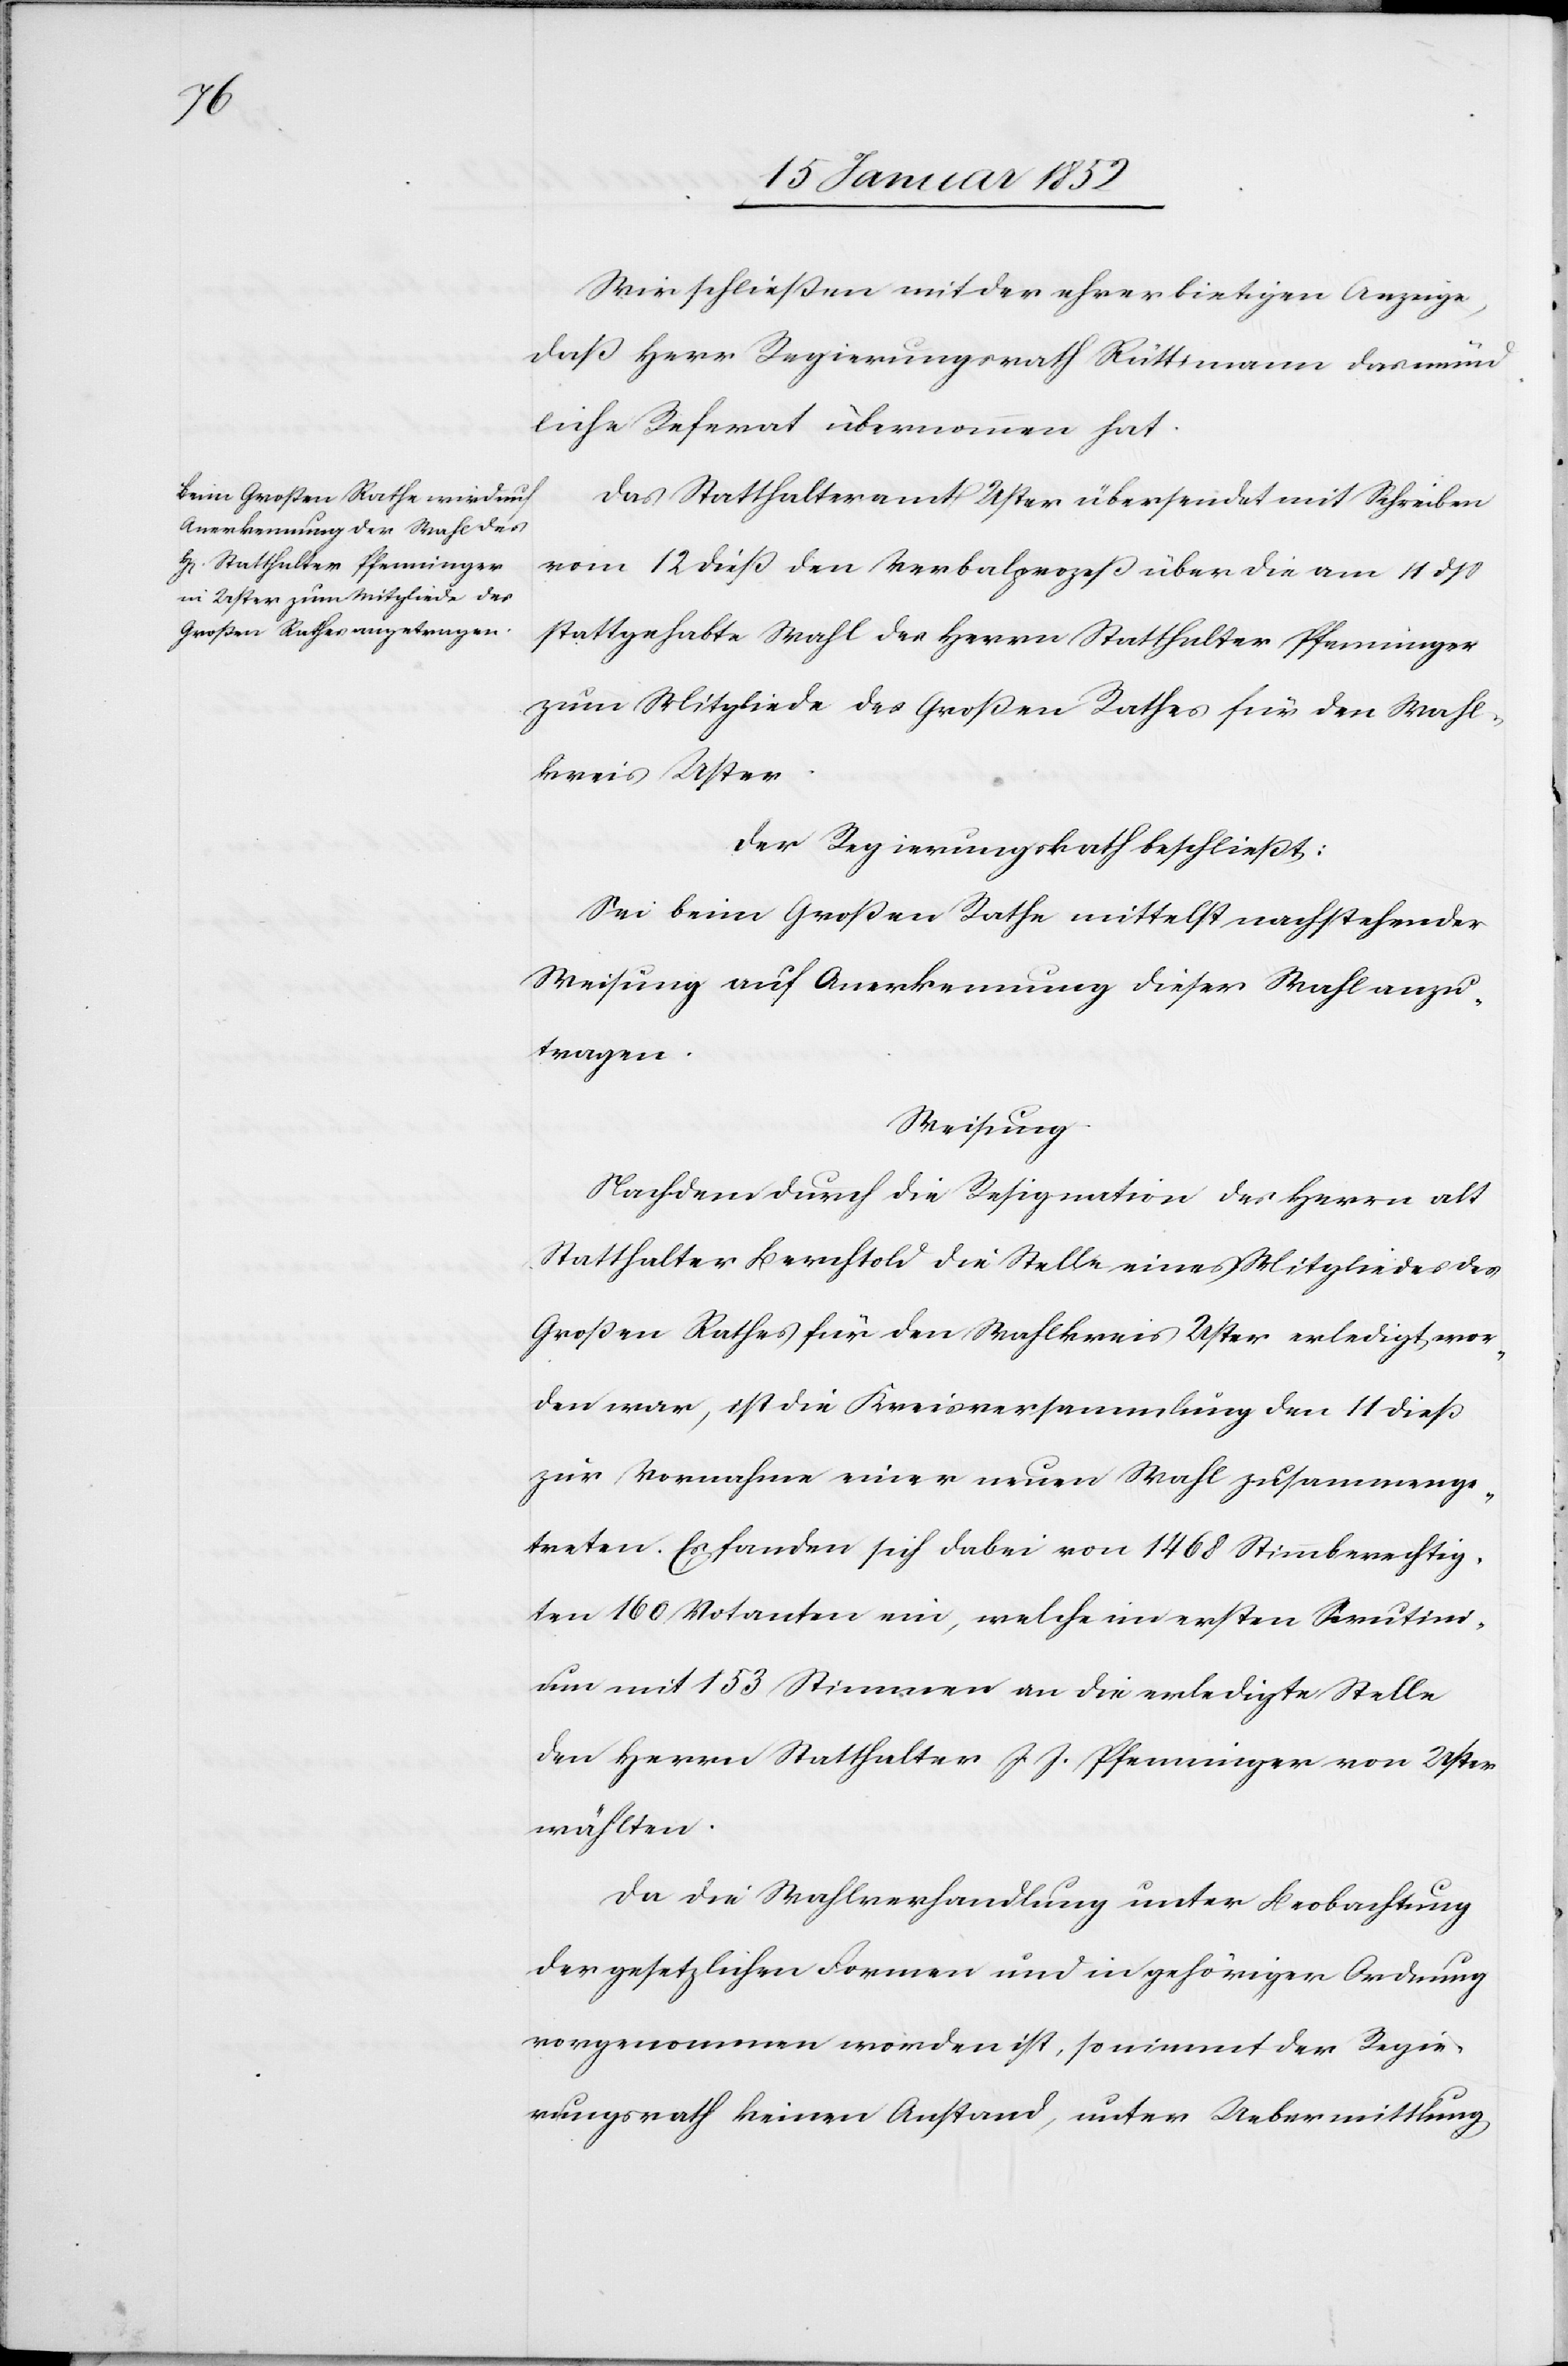
Wir schließen mit der ehrerbietigen Anzeige,
daß Herr Regierungsrath Rüttimann das münd¬
liche Referat übernommen hat.
Das Statthalteramt Uster übersendet mit Schreiben
vom 12 dieß den Verbalprozeß über die am 11 dß
stattgehabte Wahl des Herrn Statthalter Pfenninger
zum Mitgliede des Großen Rathes für den Wahl¬
kreis Uster.
Der Regierungsrath beschließt:
Sei beim Großen Rathe mittelst nachstehender
Weisung auf Anerkennung dieser Wahl anzu¬
tragen.
Weisung.
Nachdem durch die Resignation des Herrn alt
Statthalter Berchtold die Stelle eines Mitgliedes des
Großen Rathes für den Wahlkreis Uster erledigt wor¬
den war, ist die Kreisversammlung den 11 dieß
zur Vornahme einer neuen Wahl zusammenge¬
treten. Es fanden sich dabei von 1468 Stimmberechtig¬
ten 160 Votanten ein, welche im ersten Scrutini¬
um mit 152 Stimmen an die erledigte Stelle
den Herrn Statthalter J. J. Pfenninger von Uster
wählten.
Da die Wahlverhandlung unter Beobachtung
der gesetzlichen Formen und in gehöriger Ordnung
vorgenommen worden ist, so nimmt der Regie¬
rungsrath keinen Anstand, unter Uebermittlung